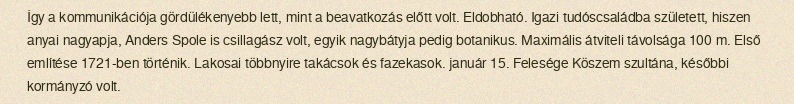
Így a kommunikációja gördülékenyebb lett, mint a beavatkozás előtt volt. Eldobható. Igazi tudóscsaládba született, hiszen anyai nagyapja, Anders Spole is csillagász volt, egyik nagybátyja pedig botanikus. Maximális átviteli távolsága 100 m. Első említése 1721-ben történik. Lakosai többnyire takácsok és fazekasok. január 15. Felesége Köszem szultána, későbbi kormányzó volt.